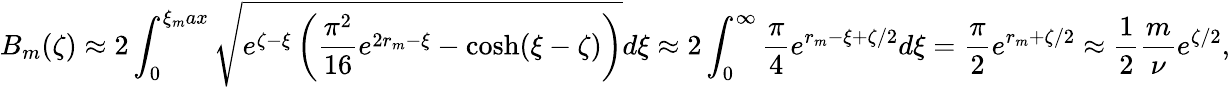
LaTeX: B_{m}(\zeta)\approx 2\int_{0}^{\xi_{m}ax}\sqrt{e^{\zeta-\xi}\left(\frac{\pi^{2}}{16}e^{2r_{m}-\xi}-\cosh(\xi-\zeta)\right)}d\xi\approx 2\int_{0}^{\infty}\frac{\pi}{4}e^{r_{m}-\xi+\zeta/2}d\xi=\frac{\pi}{2}e^{r_{m}+\zeta/2}\approx\frac{1}{2}\frac{m}{\nu}e^{\zeta/2},